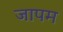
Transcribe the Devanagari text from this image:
जापम